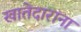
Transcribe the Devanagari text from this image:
खातेदारांना